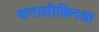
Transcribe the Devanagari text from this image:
कनालीछिनआ